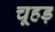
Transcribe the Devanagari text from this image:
चूहड़